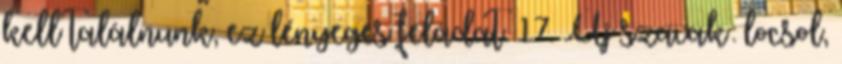
kell találnunk, ez lényeges feladat. 17. Új szavak: locsol,